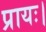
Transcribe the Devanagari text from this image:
प्रायः।